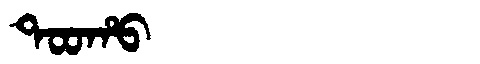
Manchu: ᡨᠣᠣᡥᠣ
Romanization: TOOHO